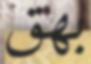
بھق